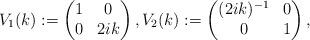
LaTeX: \begin{align*}V_1(k):=\begin{pmatrix}1 & 0 \\0 & 2ik\end{pmatrix},V_2(k):=\begin{pmatrix}(2ik)^{-1} & 0 \\0 & 1\end{pmatrix},\end{align*}